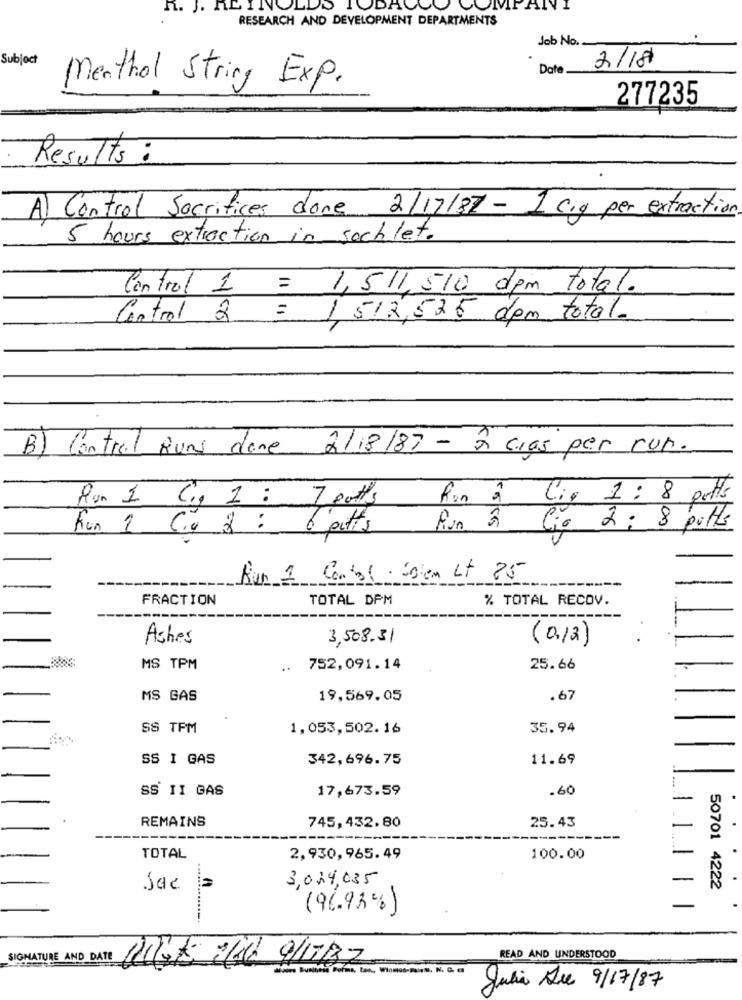
n. J. RLINOL
TODALLO COMP
ALV
RESEARCH AND DEVELOPMENT DEPARTMENTS
Job No.
Subject
2/18
Date
Menthol String Exp.
277235
Results :
A) Control Sacrifices done 2/17/87 - 1 ciq per extraction
5 hours extraction in soch let.
Control 1
= 1,5 11, 510 dem total.
Control 2 :
1, 512,525 dem total.
B) Control Runs done 2/18/87 - 2 cias per run.
Run 1 Cp 1 : 7 ouths
Run 2 Liq 1 : 8 potts
Fon 1 C.a 2 : 6 petits
Run à Cia 2 : 8 putte
Run 1 Control. Solen Lt 25
FRACTION
TOTAL DPM
% TOTAL RECOV.
Aches
3,508.31
(0/2)
MS TPM
..
752,091.14
25.66
MS GAS
19,569.05
.67
SS TPM
1,053,502.16
35.94
SS I GAS
342,696.75
11.69
SS II GAS
17,673.59
.60
-
REMAINS
745,432.80
25.43
TOTAL
2,930,965.49
100.00
3,034,035
50701 4222
Sac
(96.93%)
SIGNATURE AND DATE
READ AND UNDERSTOOD
--
Julia Due 9/17/87